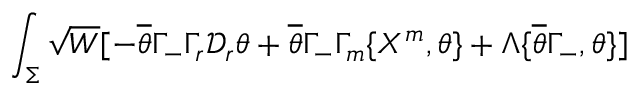
\int _ { \Sigma } \sqrt { W } [ - \overline { { { \theta } } } \Gamma _ { - } \Gamma _ { r } \mathcal { D } _ { r } \theta + \overline { { { \theta } } } \Gamma _ { - } \Gamma _ { m } \{ X ^ { m } , \theta \} + \Lambda \{ \overline { { { \theta } } } \Gamma _ { - } , \theta \} ]